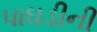
પાઘડીની